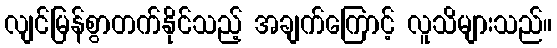
လျင်မြန်စွာတက်နိုင်သည့် အချက်ကြောင့် လူသိများသည်။